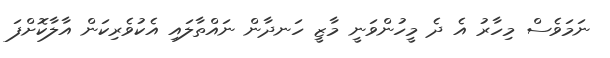
ނަމަވެސް މިހާރު އެ ދެ މީހުންވަނީ މާޒީ ހަނދާން ނައްތާލައި އެކުވެރިކަން އާލާކޮށްފަ